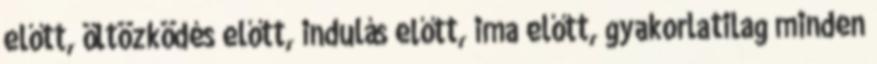
előtt, öltözködés előtt, indulás előtt, ima előtt, gyakorlatilag minden